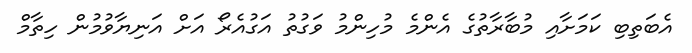
އެބަތިބި ކަމަށާއި މުބާރާތުގެ އެންމެ މުހިންމު ވަގުތު އަގުއެރޯ އަށް އަނިޔާވުމުން ހިތާމް